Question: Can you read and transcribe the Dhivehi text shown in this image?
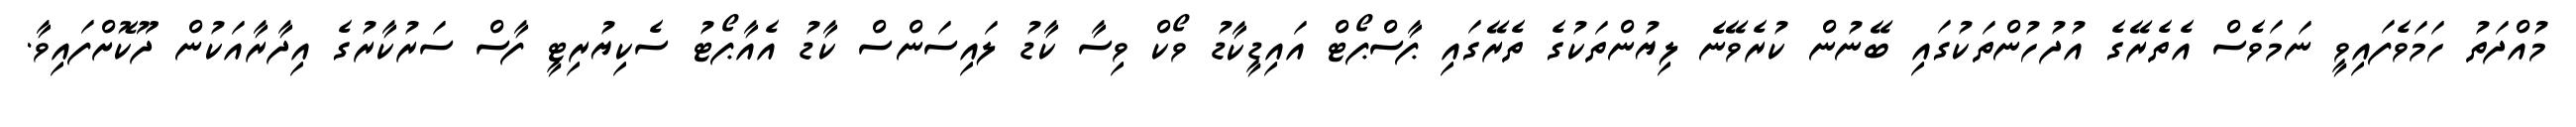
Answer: މުއްދަތު ހަމަވެފައިވީ ނަމަވެސް އެތެރޭގެ އުދުހުންތަކުގައި ބޭނުން ކުރެވޭނެ ލިޔުންތަކުގެ ތެރޭގައި ޕާސްޕޯޓް އައިޑީކާޑު ވޯކް ވިސާ ކާޑު ލައިސަންސް ކާޑު އެއާޕޯޓު ސެކިޔުރިޓީ ފާސް ސަރުކާރުގެ އިދާރާއަކުން ދޫކޮށްފައިވާ.